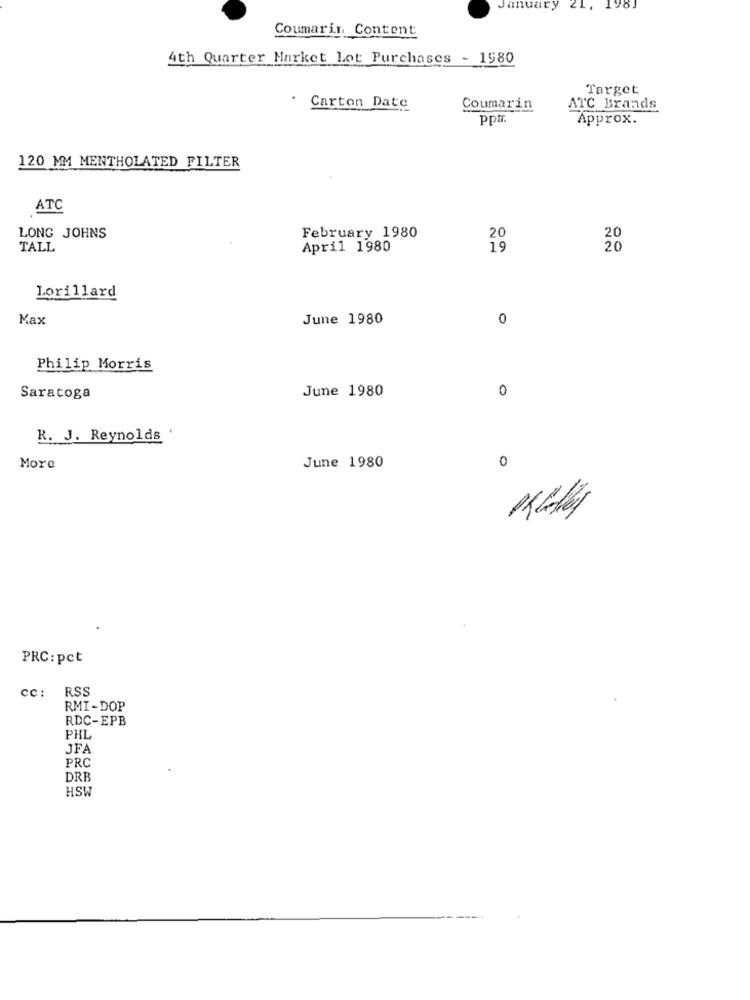
January 21, 1981
Coumarin Content
4th Quarter Market Lot Purchases - 1980
Target
Carton Date
Coumarin
ATC Brands
ppm.
Approx.
120 MM MENTHOLATED FILTER
ATC
February 1980
LONG JOHNS
20
TALL
April 1980
19
Lorillard
Max
June 1980
0
Philip Morris
June 1980
Saratoga
0
R. J. Reynolds '
More
June 1980
0
PRC:pct
cc: RSS
RMI-DOP
RDC-EPB
PHL
JFA
PRC
DRB
HSW